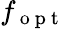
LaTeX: f_{\mathrm{~o~p~t~}}